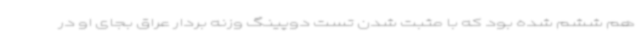
هم ششم شده بود که با مثبت شدن تست دوپینگ وزنه بردار عراق بجای او در